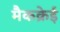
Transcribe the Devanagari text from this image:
मैकक्रेई